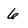
Character: 6